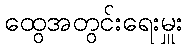
ထွေအတွင်းရေးမှူး